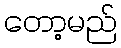
တော့မည်